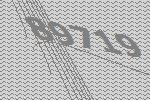
89719